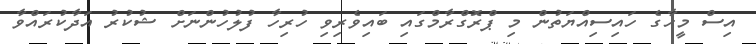
އިސް މީހާގެ ހައިސިއްޔަތުން މި ޕްރޮގްރާމްގައި ބައިވެރިވި ހުރިހާ ފުލުހުންނަށް ޝުކުރު އަދާކުރައްވާ